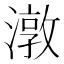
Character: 潡